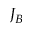
J _ { B }